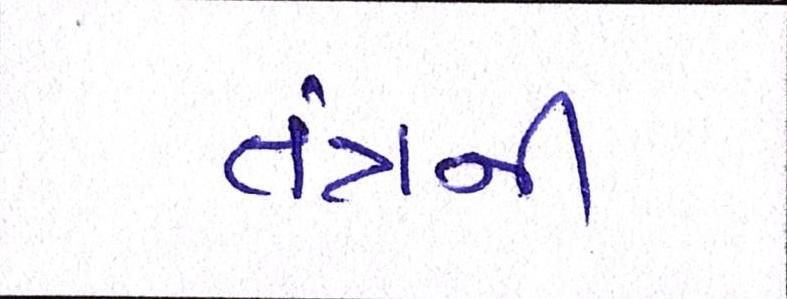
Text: તંત્રની